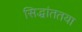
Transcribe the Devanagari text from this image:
सिद्धांततया